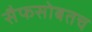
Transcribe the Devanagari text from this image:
सैफसोबतच